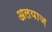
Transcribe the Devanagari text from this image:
अलयाज़